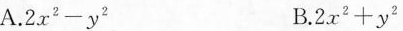
A.$$2 X ^ { 2 } 一 y ^ { 2 } $$ B.$$2 x ^ { 2 } + y ^ { 2 } $$